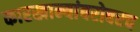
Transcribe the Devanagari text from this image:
कारखान्यांबरोबरच